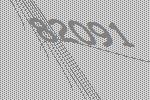
82091